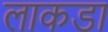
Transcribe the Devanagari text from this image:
लाकडा